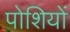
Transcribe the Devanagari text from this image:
पोशियों